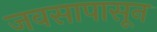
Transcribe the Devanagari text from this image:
जवसापासून